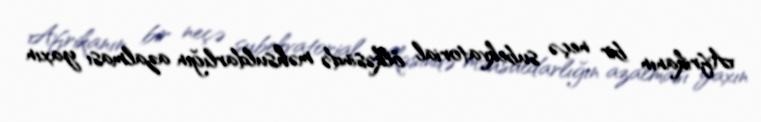
Afrikanın bir neçə subekvatorial ölkəsində məhsuldarlığın azalması yaxın